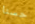
حسنا